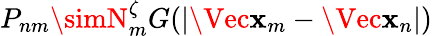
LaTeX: P_{nm}\simN_{m}^{\zeta}G(|\Vec{\mathbf{x}}_{m}-\Vec{\mathbf{x}}_{n}|)